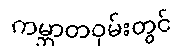
ကမ္ဘာတဝှမ်းတွင်